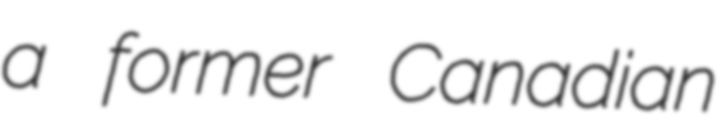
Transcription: a former Canadian